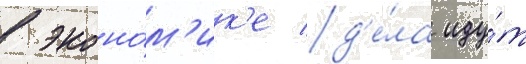
в эконо́м'ик'е д'е́ла иду́т